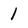
Character: l